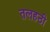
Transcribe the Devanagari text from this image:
तलहठी